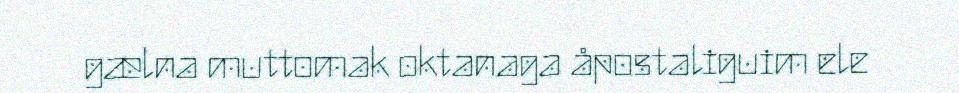
gælna muttomak oktanaga åpostaliguim ele